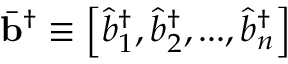
\bar { \mathbf { b } } ^ { \dagger } \equiv { \left[ \hat { b } _ { 1 } ^ { \dagger } , \hat { b } _ { 2 } ^ { \dagger } , . . . , \hat { b } _ { n } ^ { \dagger } \right] }